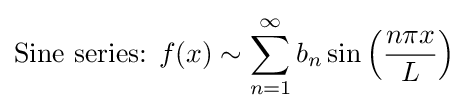
{\text{Sine series: }}f(x)\sim \sum _{n=1}^{\infty }b_{n}\sin \left({\frac {n\pi x}{L}}\right)